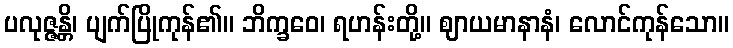
ပလုဇ္ဇန္တိ၊ ပျက်ပြိုကုန်၏။ ဘိက္ခဝေ၊ ရဟန်းတို့။ ဈာယမာနာနံ၊ လောင်ကုန်သော။